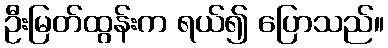
ဦးမြတ်ထွန်းက ရယ်၍ ပြောသည်။